Annual administration report of the Civil Veterinary Department of India - 1895-1896
Year: 1895
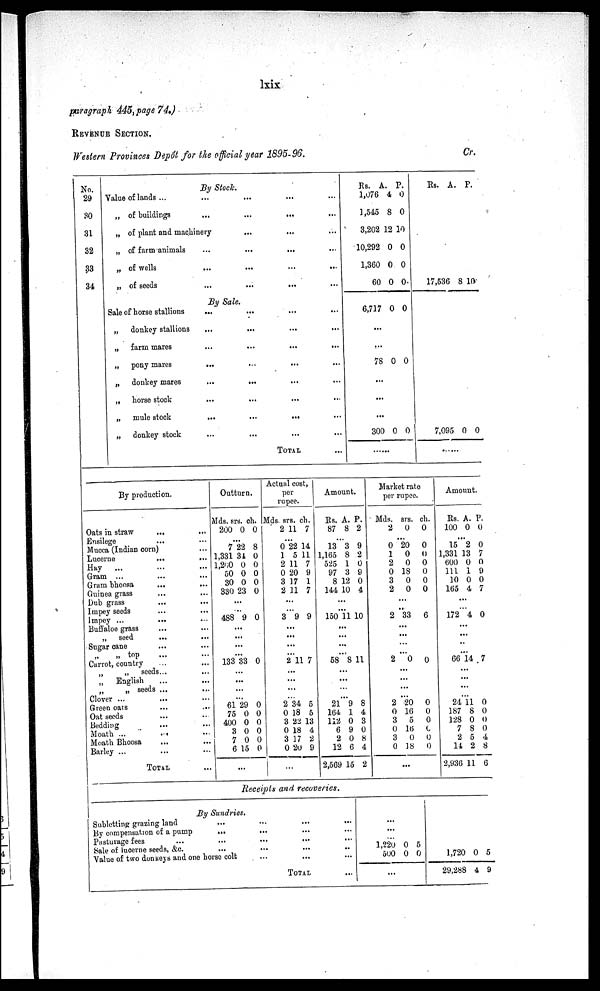
lxix
paragraph 445, page 74.)
REVENUE SECTION.
Western Provinces Depot for the official year 1895-96.
Cr.
No.
29
30
31
32
33
34
By Stock.
Value of lands ...
...
...
...
...
„ of buildings
...
...
...
...
„ of plant and machinery ... ...
...
...
„ of farm animals
...
...
...
...
„ of wells
...
...
...
...
„ of seeds
...
...
...
...
By Sale.
Sale of horse stallions
...
...
...
...
„
donkey stallions
...
...
...
...
„ farm mares
...
...
...
...
„
pony
mares...
...
...
...
...
„
donkey mares
...
...
...
...
„
horse stock
...
...
...
...
„
mule stock
...
...
...
...
„
donkey stock
...
...
...
...
TOTAL...
Rs.
1,076
1,545
3,202
10,292
1,360
60
A.
4
8
12
0
0
0
P.
0
0
10
0
0
0
6,717 0 0
...
...
78 0 0
...
...
...
300 0 0
Rs. A. P.
17,536 8
10
7,095 0 0
By production.
Oats in straw
...
...
Ensilege
...
Mucca (Indian corn)...
Lucerne
...
...
Hay
...
...
Gram ...
......
Gram bhoosa
...
...
Guinea grass
...
...
Dub grass
...
...
Impey seeds
...
...
Impey ...
...
...
Buffaloe grass
...
...
„
seed
...
...
Sugar cane
...
...
„ top
...
Carrot, country
...
„ „ seeds...
...
„
English
...
...
„ seeds .......
Clover ...
...
Green oats
...
...
Oat seeds
...
Bedding
...
...
Moath ...
...
...
Moath Bhoosa
...
...
Barley ...
...
TOTAL
...
Outturn.
Mds.
200
srs.
0
ch.
0
...
7
1,331
l,200
50
30
330
22
34
0
0
0
23
8
0
0
0
0
0
...
...
488 9 0
...
...
...
...
133 33 0
...
...
...
...
61
75
400
3
7
6
29
0
0
0
0
15
0
0
0
0
0
0
...
Actual cost,
per
rupee.
Mds.
2
srs.
11
ch.
7
...
0
1
2
0
3
2
22
5
11
20
17
11
14
11
7
9
1
7
...
...
3 9 9
...
...
...
...
2 11 7
...
...
...
...
2
0
3
0
3
0
34
18
22
18
17
20
5
5
13
4
2
9
...
Amount.
Rs.
87
A.
8
P.
2
...
13
1,165
525
97
8
144
3
8
1
3
12
10
9
2
0
9
0
4
...
...
150 11 10
...
...
...
...
58 8 11
...
...
...
...
21
164
112
6
2
12
2,569
9
1
0
9
0
6
15
8
4
3
0
8
4
2
Market rate
per rupee
Mds.
2
srs.
0
ch.
0
...
0
1
2
0
3
2
20
0
0
18
0
0
0
0
0
0
0
0
...
...
2 33
6
...
...
...
...
2
0
0
...
...
...
...
2
0
3
0
3
0
20
16
5
16
0
18
0
0
0
0
0
0
...
Amount.
Rs.
100
A.
0
P.
0
...
15
1,331
600
111
10
165
2
13
0
1
0
4
0
7
0
9
0
7
...
...
172 4 0
...
...
...
...
66 14 7
...
...
...
...
24
187
128
7
2
14
2,936
11
8
0
8
5
2
11
0
0
0
0
4
8
6
Receipts and recoveries.
By Sundries,
Subletting grazing land
...
...
...
...
By compensation of a pump
...
...
...
...
Pasturage fees
...
...
......
Sale of lucerne seeds, &c.
...
...
. . . . .
Value of two donkeys and one horse
colt...
TOTAL...
...
...
...
1,220
500
0
0
5
0
...
1,720
29,288
0
4
5
9